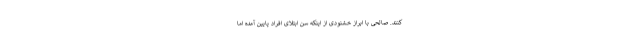
کنند. صالحی با ابراز خشنودی از اینکه سن ابتلای افراد پایین آمده اما